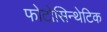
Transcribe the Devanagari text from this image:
फोटोसिन्थेटिक